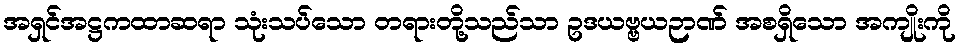
အရှင်အဋ္ဌကထာဆရာ သုံးသပ်သော တရားတို့သည်သာ ဥဒယဗ္ဗယဉာဏ် အစရှိသော အကျိုးကို